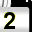
Digit: 2